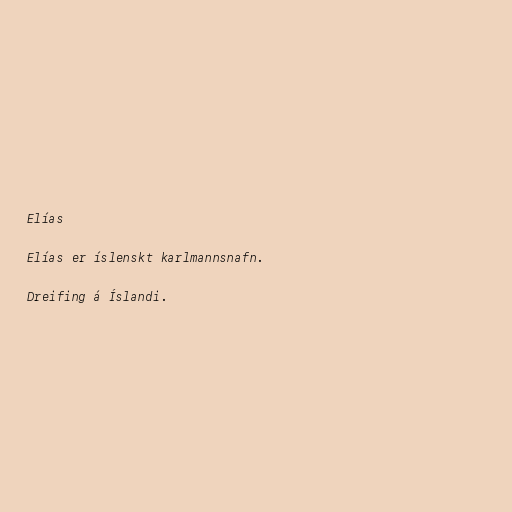
Elías

Elías er íslenskt karlmannsnafn.

Dreifing á Íslandi.